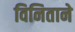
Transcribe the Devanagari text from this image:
विनिताने